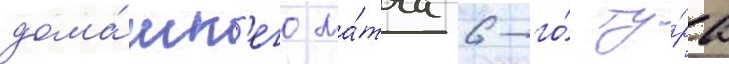
дома́шн'его ма́тча 6-го́ ту́ра